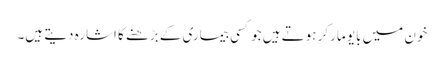
خون میں بایو مارکر ہوتے ہیں جو کسی بیماری کے بڑھنے کا اشارہ دیتے ہیں۔